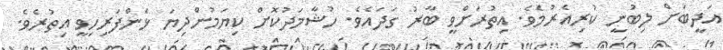
އަދީބަށް ލިބުނީ ކުރިއެރުމެވެ. އިތުރަށްވީ ބާރު ގަދައެވެ. ހުޝާމަދުކޮށް ކިޔަމުންދިޔަ ޅެންފަރިހިވީ އިތުރެވެ.